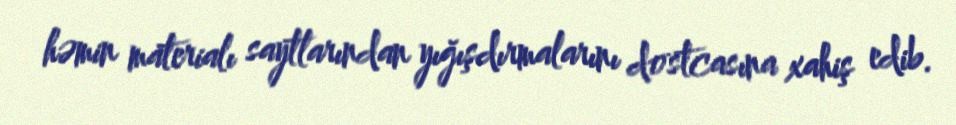
həmin materialı saytlarından yığışdırmalarını dostcasına xahiş edib.